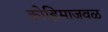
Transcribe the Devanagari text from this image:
कोहिमाजवळ